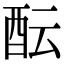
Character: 酝